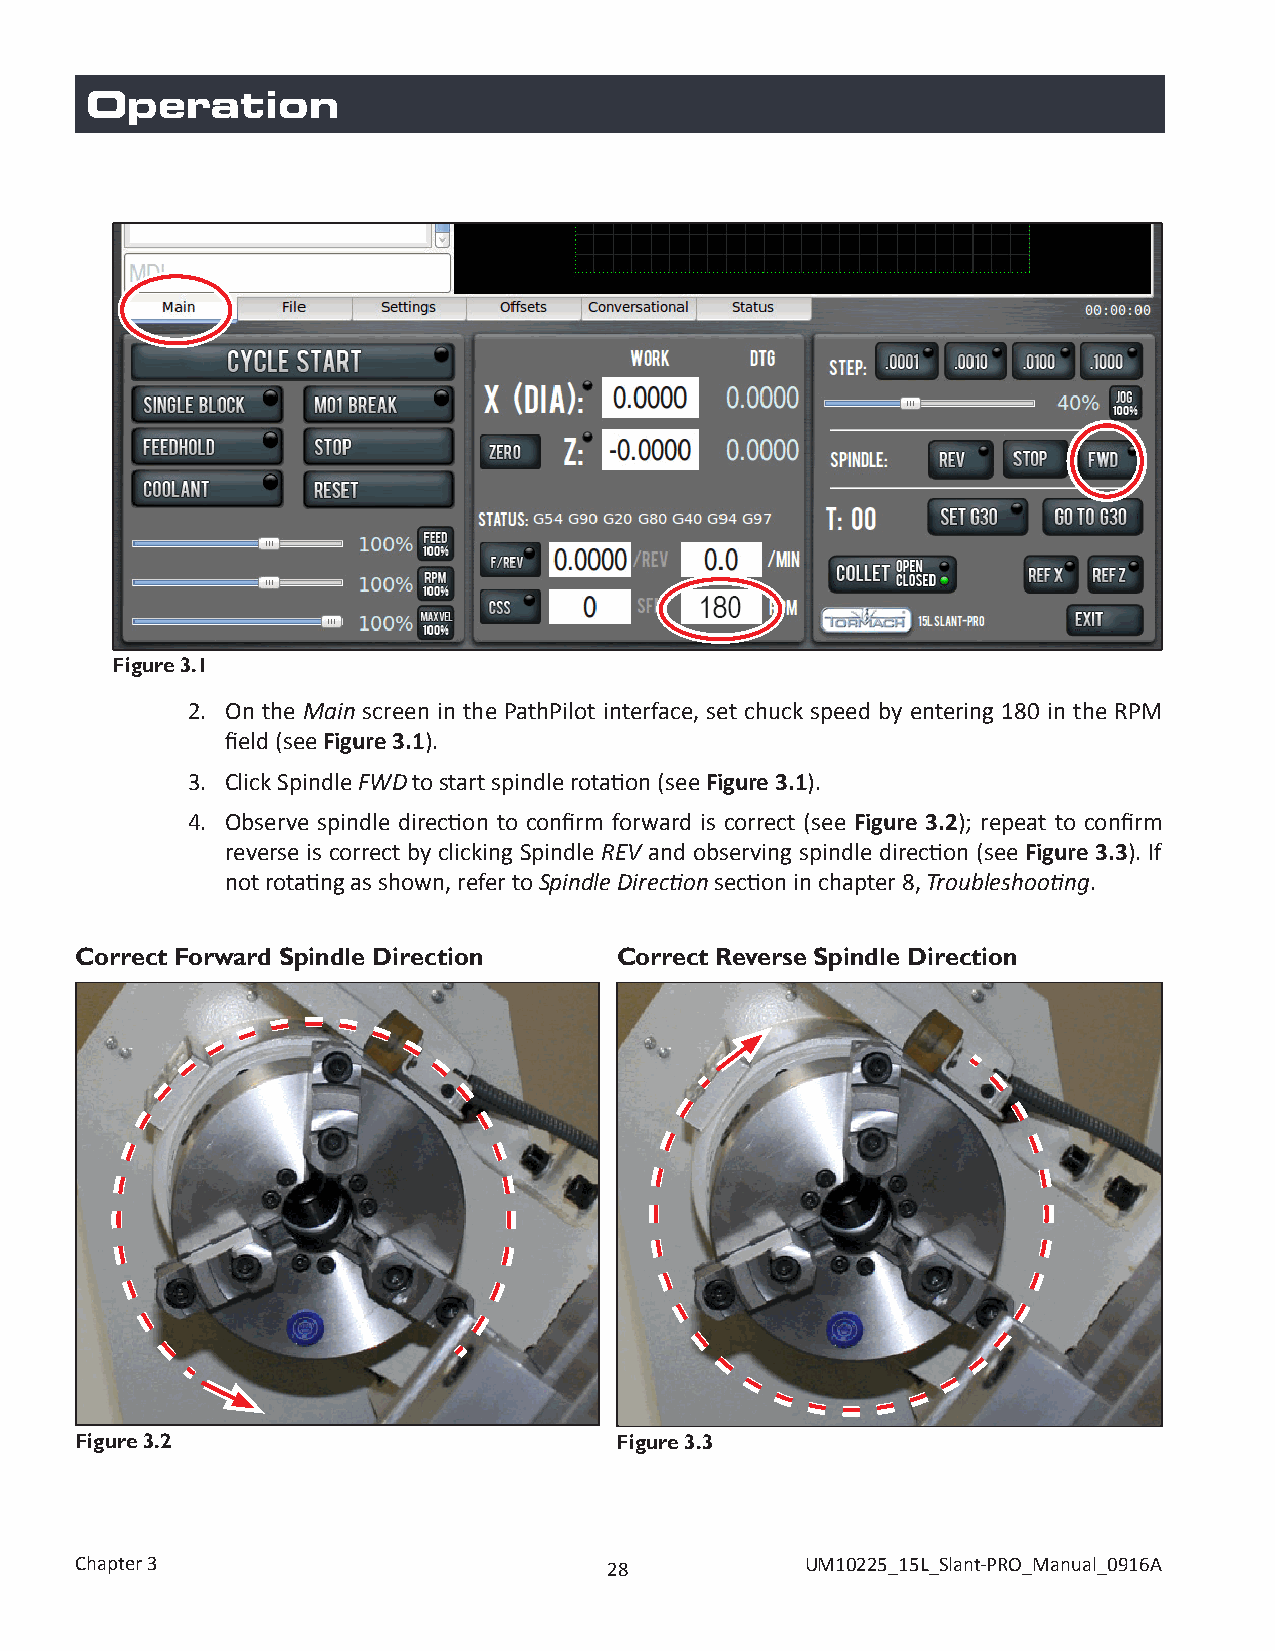
Operation
 Figure 3.1
 2. On the Main screen in the PathPilot interface, set chuck speed by entering 180 in the RPM
 field (see Figure 3.1).
 3. Click Spindle FWD to start spindle rotation (see Figure 3.1).
 4. Observe spindle direction to confirm forward is correct (see Figure 3.2); repeat to confirm
 reverse is correct by clicking Spindle REV and observing spindle direction (see Figure 3.3). If
 not rotating as shown, refer to Spindle Direction section in chapter 8, Troubleshooting.
 Correct Forward Spindle Direction   Correct Reverse Spindle Direction
 Figure 3.2                          Figure 3.3
 Chapter 3                          28           UM10225_15L_Slant-PRO_Manual_0916A